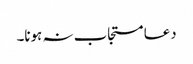
دعا مستجاب نہ ہونا۔